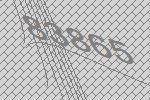
83865